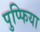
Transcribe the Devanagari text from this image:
पुप्फिया